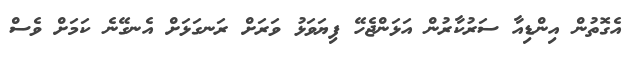
އެގޮތުން އިންޑިއާ ސަރުކާރުން އަޅަންޖެހޭ ފިޔަވަޅު ވަރަށް ރަނގަޅަށް އެނގޭނެ ކަމަށް ވެސް